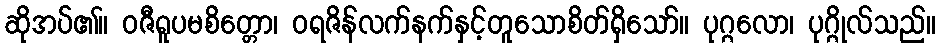
ဆိုအပ်၏။ ဝဇီရူပမစိတ္တော၊ ဝရဇိန်လက်နက်နှင့်တူသောစိတ်ရှိသော်။ ပုဂ္ဂလော၊ ပုဂ္ဂိုလ်သည်။